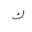
Letter: _kaf